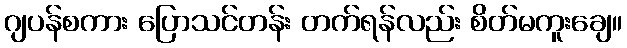
ဂျပန်စကား ပြောသင်တန်း တက်ရန်လည်း စိတ်မကူးချေ။